38_143685_box_Incident_Summaries_101-172
Agency: Department of War
Page 134
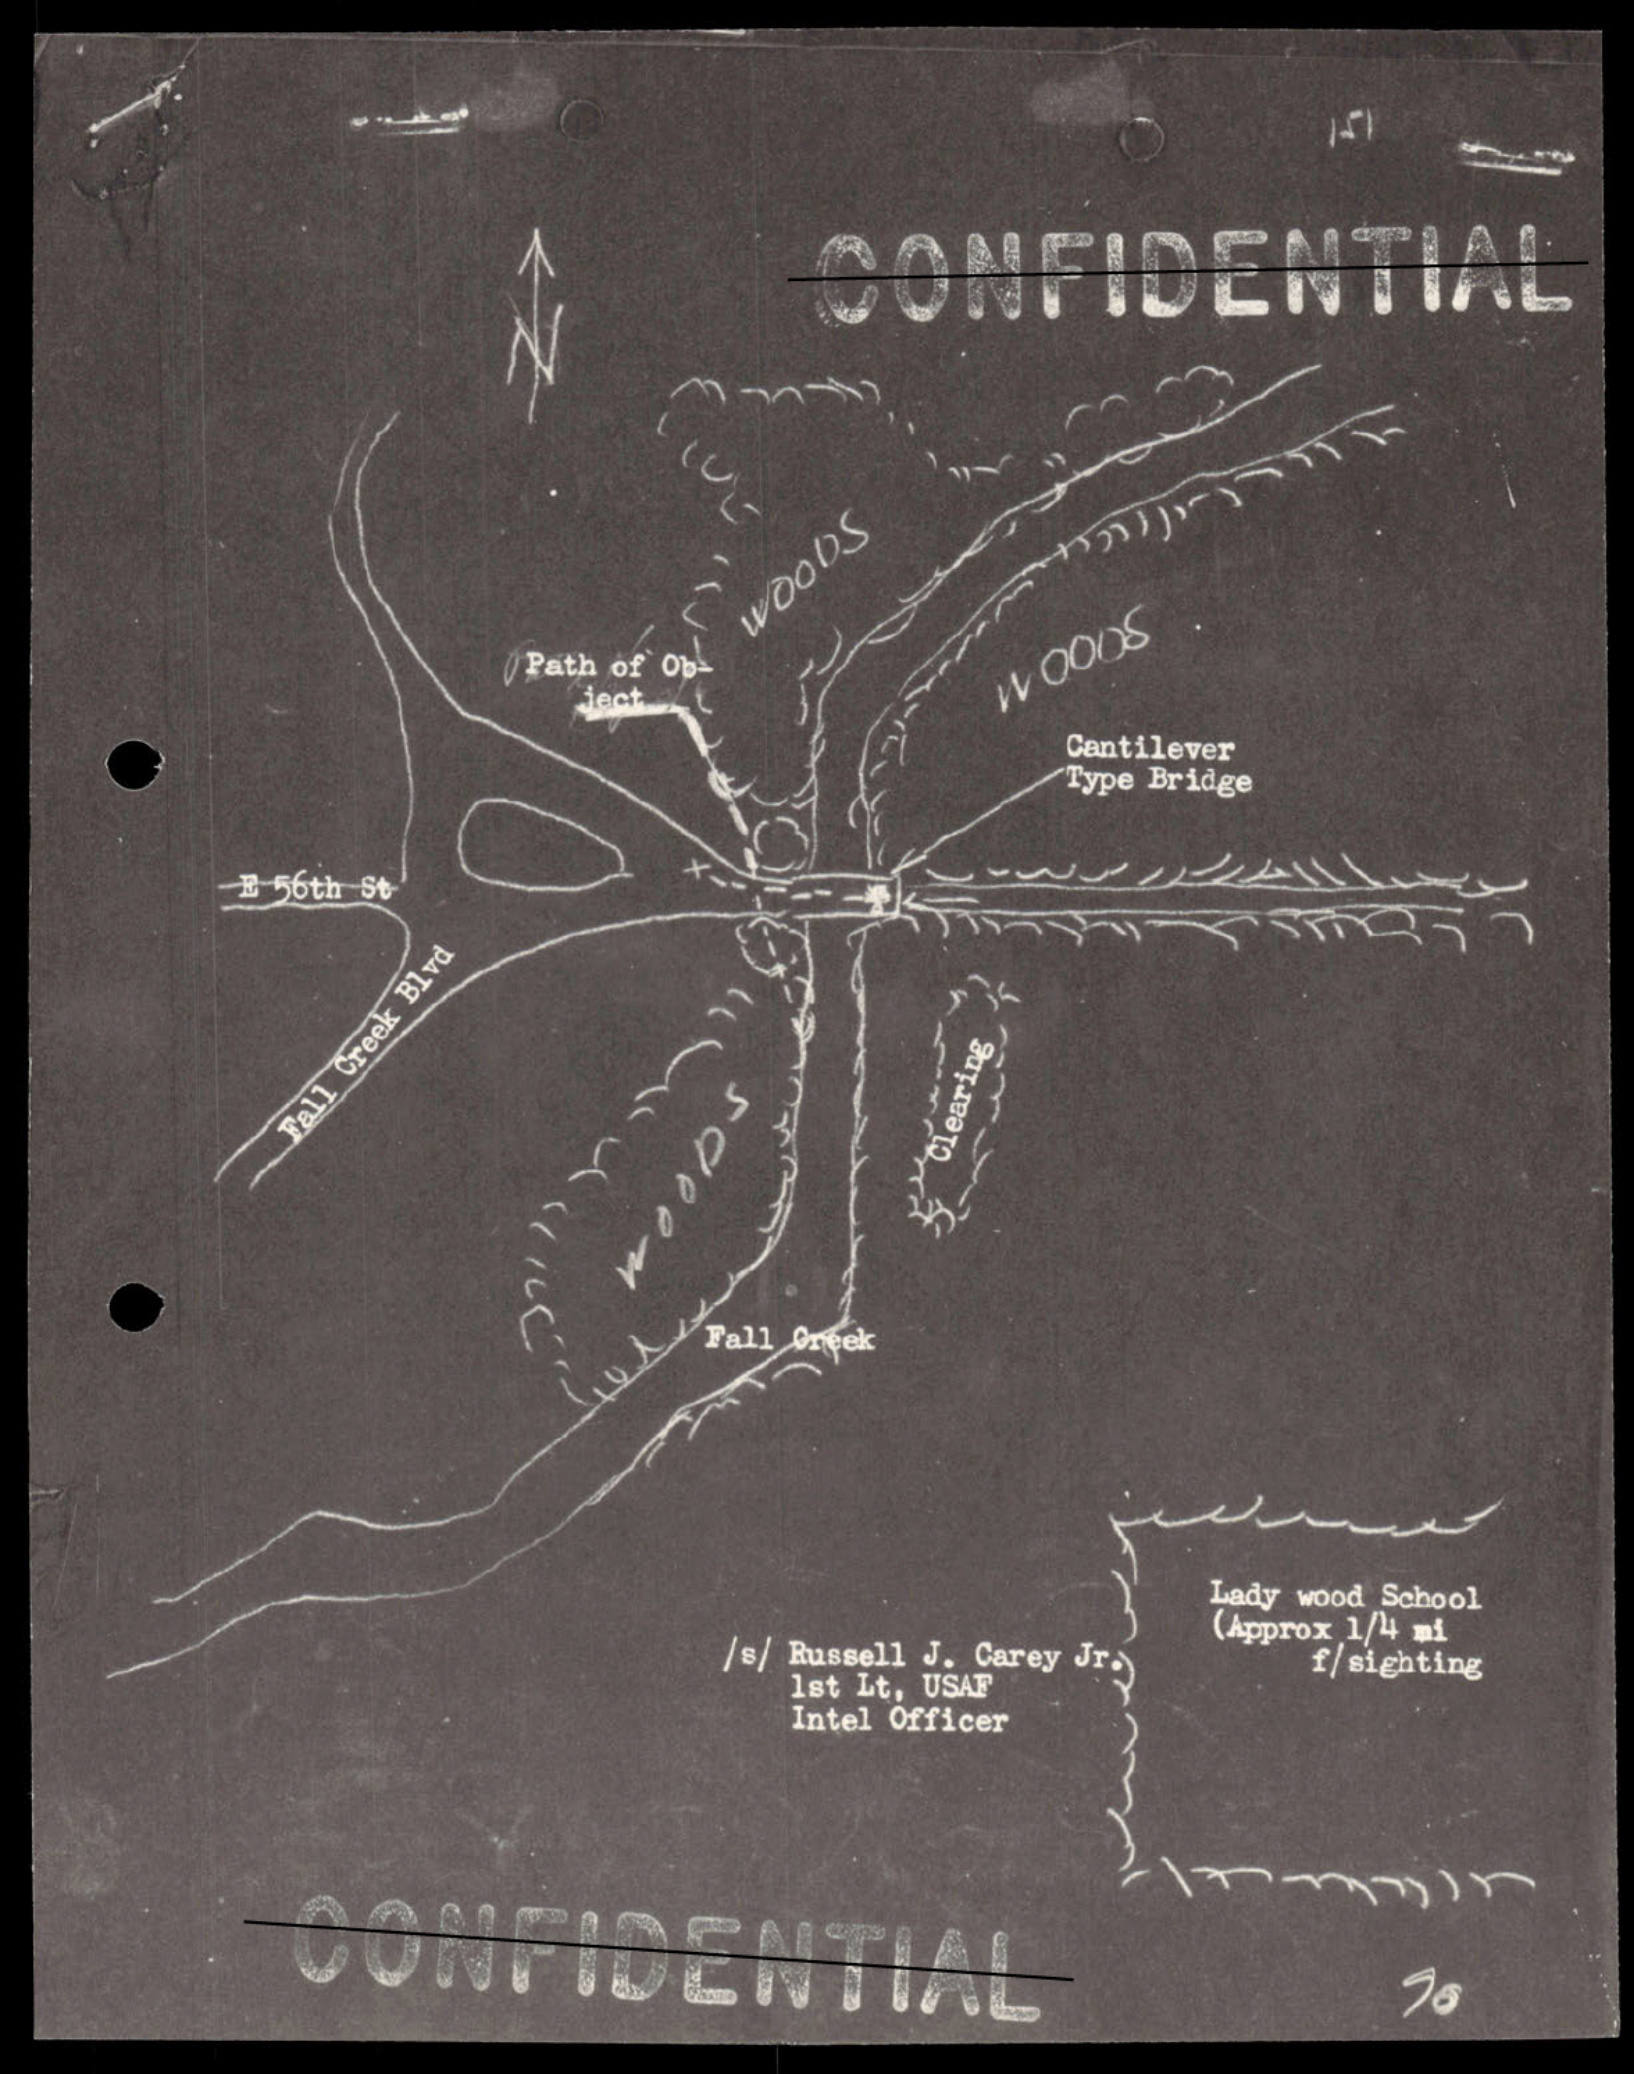